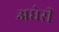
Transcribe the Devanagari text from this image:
अधेरी